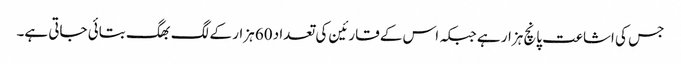
جس کی اشاعت پانچ ہزار ہے جبکہ اس کے قارئین کی تعداد 60 ہزار کے لگ بھگ بتائی جاتی ہے۔